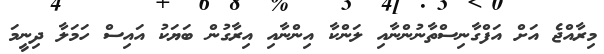
މިރާއްޖެ އަށް އަފްގާނިސްތާނުންނާއި ލަންކާ އިންނާއި އިރާގުން ބަޔަކު އައިސް ހަމަލާ ދިނީމަ